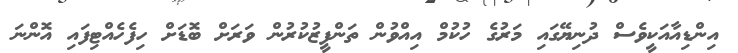
އިންޑިއާއަކީވެސް ދުނިޔޭގައި މަރުގެ ހުކުމް އިއްވުން ތަންފީޒުކުރުން ވަރަށް ބޮޑަށް ހިފެހެއްޓިފައި އޮންނަ